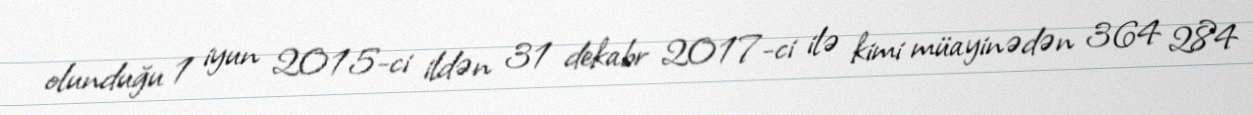
olunduğu 1 iyun 2015-ci ildən 31 dekabr 2017-ci ilə kimi müayinədən 364 284